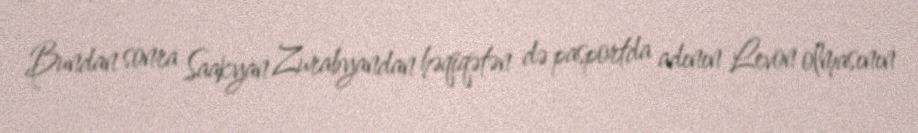
Bundan sonra Saakyan Zurabyandan həqiqətən də pasportda adının Levon olmasının